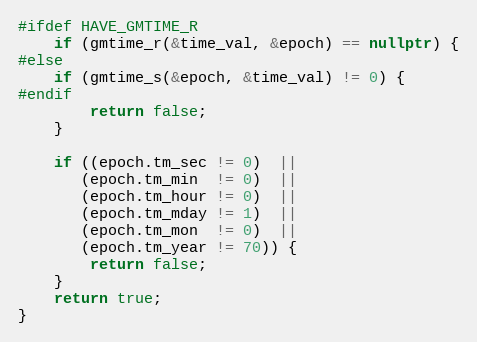
Language: C++
#ifdef HAVE_GMTIME_R
    if (gmtime_r(&time_val, &epoch) == nullptr) {
#else
    if (gmtime_s(&epoch, &time_val) != 0) {
#endif
        return false;
    }

    if ((epoch.tm_sec != 0)  ||
       (epoch.tm_min  != 0)  ||
       (epoch.tm_hour != 0)  ||
       (epoch.tm_mday != 1)  ||
       (epoch.tm_mon  != 0)  ||
       (epoch.tm_year != 70)) {
        return false;
    }
    return true;
}